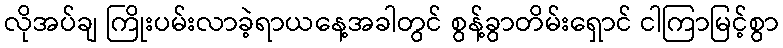
လိုအပ်ချ ကြိုးပမ်းလာခဲ့ရာယနေ့အခါတွင် စွန့်ခွာတိမ်းရှောင် ငါကြာမြင့်စွာ